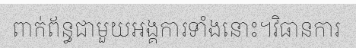
ពាក់ព័ន្ធជាមួយអង្គការទាំងនោះ។វិធានការ